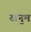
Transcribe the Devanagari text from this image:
खनुम